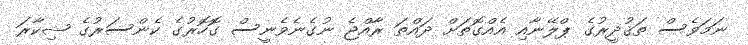
ނަމަވެސް ތަޤުދީރުގެ ޕްލޭނާއި އެއްގޮތަށް ދައްތަ ރާއްޖެ ނުގެނެވެނީސް ގޮހޮރުގެ ކެންސަރުގެ ޝިކާރަ